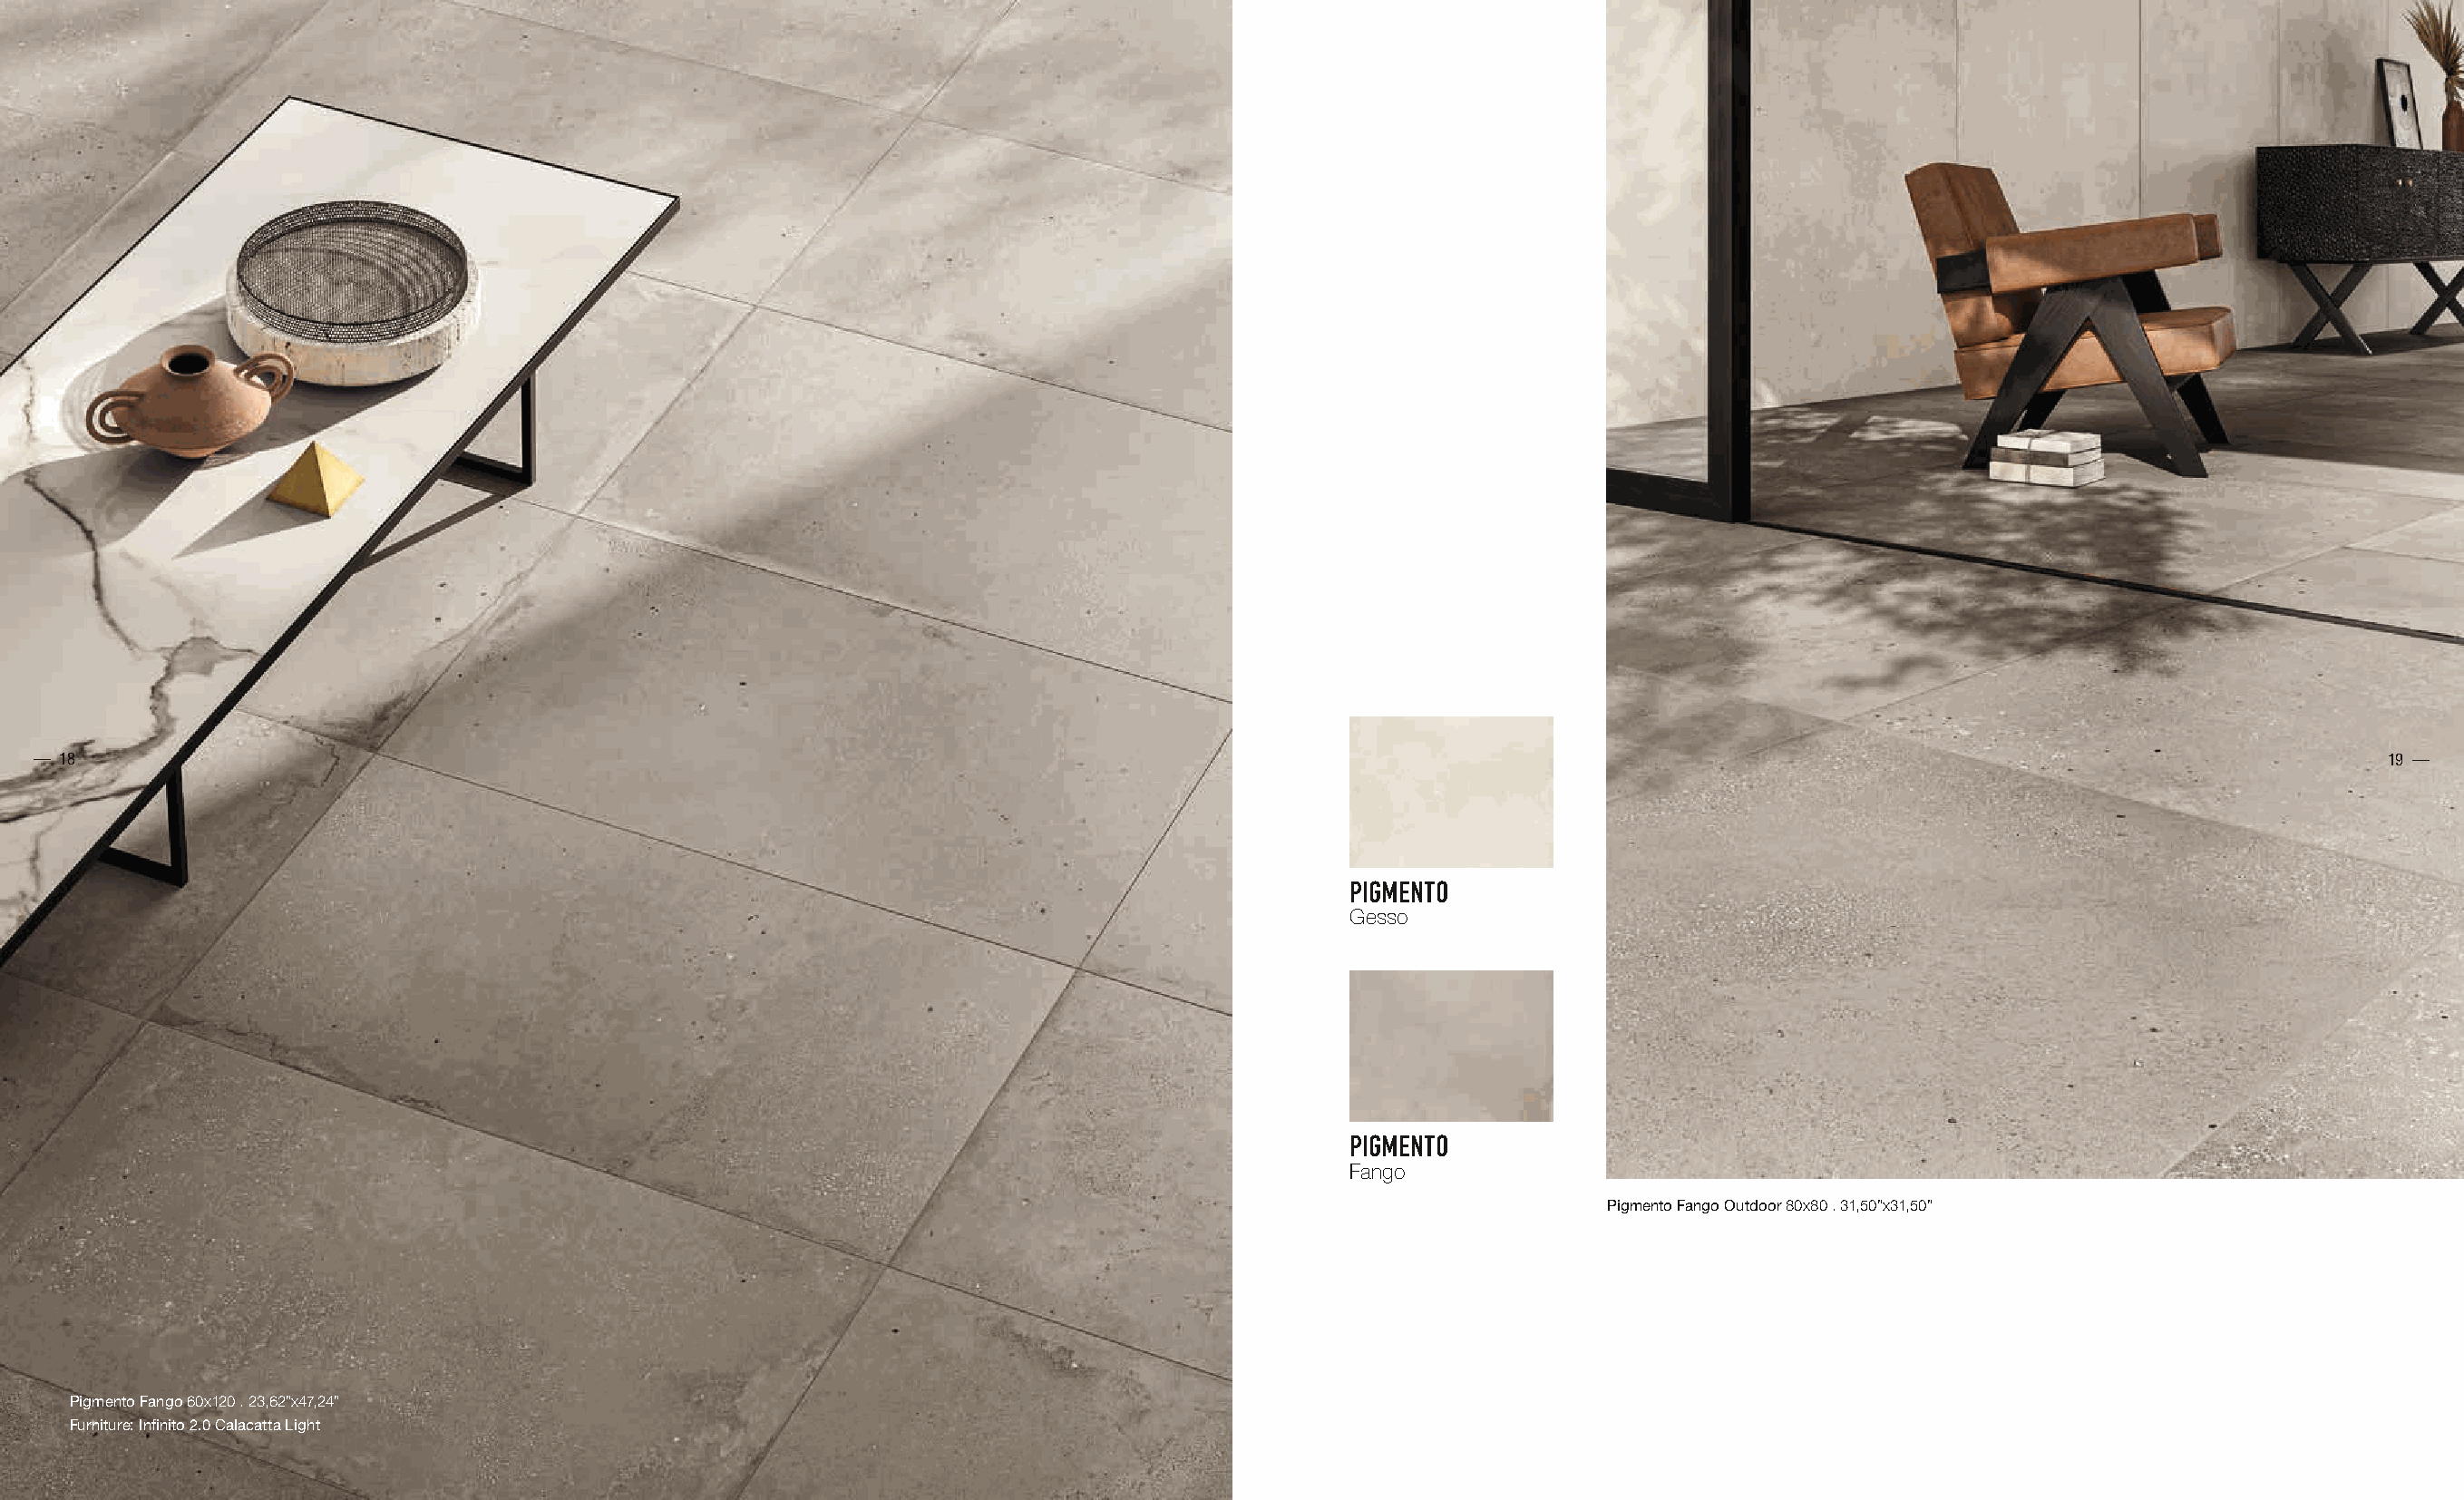
— 18                                                                                                                                                                        19 —
 PARTICOLARE OUTDOOR
 PARTICOLARE INDOOR
 PIGMENTO
 Gesso
 PIGMENTO
 Fango
 Pigmento Fango Outdoor 80x80 . 31,50”x31,50”
 Pigmento Fango 60x120 . 23,62”x47,24”
 Furniture: Infinito 2.0 Calacatta Light